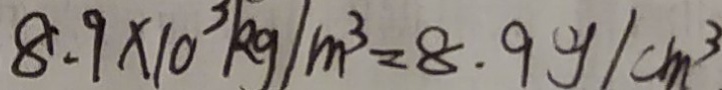
8 . 9 \times 1 0 ^ { 3 } k g / m ^ { 3 } = 8 . 9 g / c m ^ { 3 }